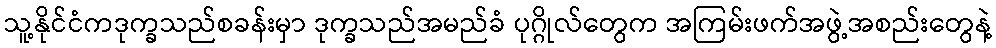
သူ့နိုင်ငံကဒုက္ခသည်စခန်းမှာ ဒုက္ခသည်အမည်ခံ ပုဂ္ဂိုလ်တွေက အကြမ်းဖက်အဖွဲ့အစည်းတွေနဲ့